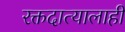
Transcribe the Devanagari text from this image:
रक्तदात्यालाही